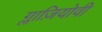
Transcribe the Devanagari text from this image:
ग्लाज़ियोवी